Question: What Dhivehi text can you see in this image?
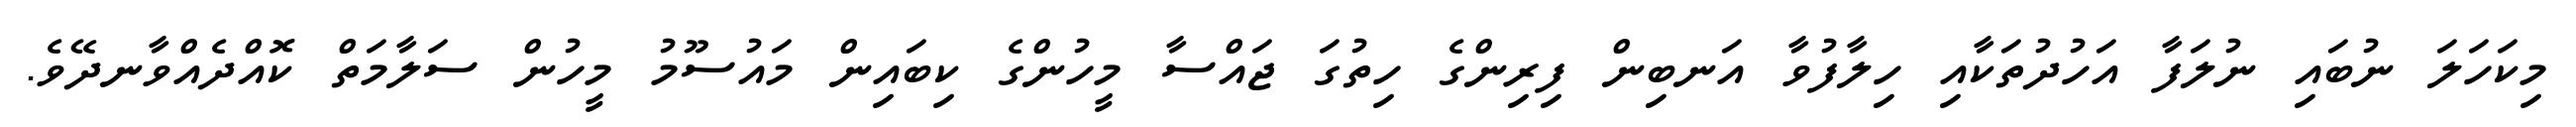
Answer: މިކަހަލަ ނުބައި ނުލަފާ އަހުދުތަކާއި ހިލާފުވާ އަނބިން ފިރިންގެ ހިތުގަ ޖައްސާ މީހުންގެ ކިބައިން މައުސޫމު މީހުން ސަލާމަތް ކޮއްދެއްވާނދޭވެ.